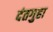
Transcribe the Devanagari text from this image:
दंतगुहा